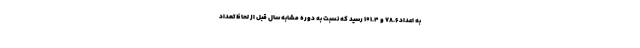
به اعداد ۷۸.۶ و ۱۰۱.۴ رسید که نسبت به دوره مشابه سال قبل از لحاظ تعداد